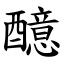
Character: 醷